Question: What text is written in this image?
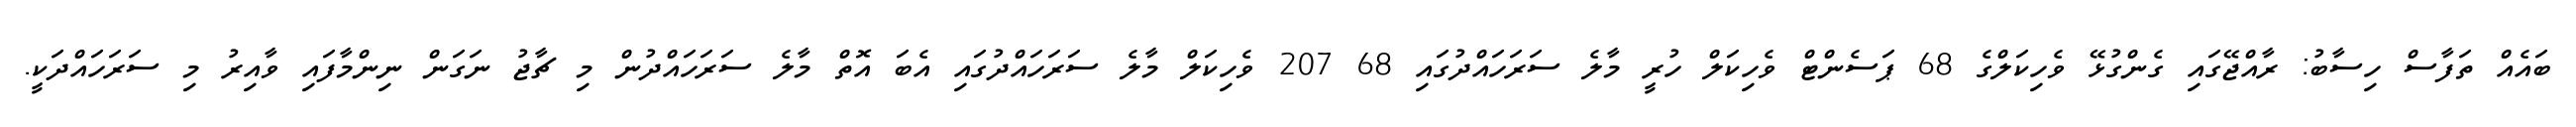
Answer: ބައެއް ތަފާސް ހިސާބު: ރާއްޖޭގައި ގެންގުޅޭ ވެހިކަލްގެ 68 ޕަސެންޓް ވެހިކަލް ހުރީ މާލެ ސަރަހައްދުގައި 68 207 ވެހިކަލް މާލެ ސަރަހައްދުގައި އެބަ އޮތް މާލެ ސަރަހައްދުން މި ޗާޖު ނަގަން ނިންމާފައި ވާއިރު މި ސަރަހައްދަކީ.